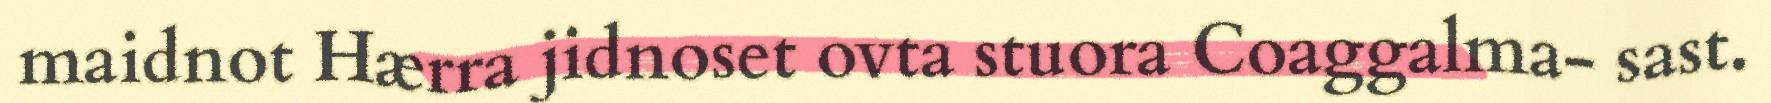
maidnot Hærra jidnoset ovta stuora Coaggalma- sast.